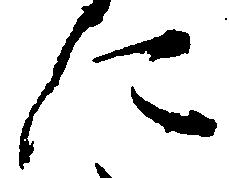
に